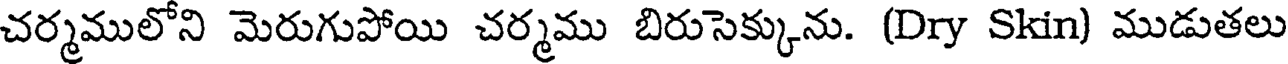
చర్మములోని మెరుగుపోయి చర్మము బిరుసెక్కును. (Dry Skin) ముడుతలు